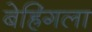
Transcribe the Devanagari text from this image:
बेह्रिंगला